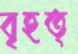
বৃহত্